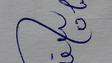
Signature authenticity: forged